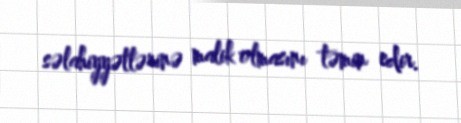
səlahiyyətlərinə malik olmasını təmin edir.